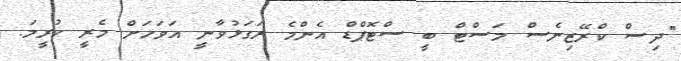
"ދިސް ކްރޭޒިނެސް މަސްޓް ބީ ސްޓޮޕްޑް އެންމެ ރަގަޅުވާނީ އަވަހަށް މެރީ ކުރީމަ.